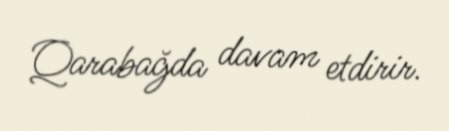
Qarabağda davam etdirir.